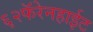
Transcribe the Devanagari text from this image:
६२फॅरेनहाईट